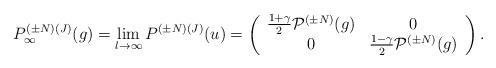
LaTeX: \begin{align*}P^{({\pm} N)(J)}_{\infty}(g) = \lim_{l{\rightarrow}{\infty}}P^{({\pm}N)(J)}(u) = \left(\begin{array}{cc} \frac{1+{\gamma}}{2}{\cal P}^{({\pm}N)}(g) & 0 \\ 0 & \frac{1-{\gamma}}{2}{\cal P}^{({\pm}N)}(g) \end{array} \right).\end{align*}